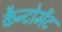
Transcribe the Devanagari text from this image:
कैन्‍टोमेंट